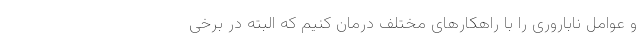
و عوامل ناباروری را با راهکارهای مختلف درمان کنیم که البته در برخی